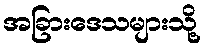
အခြားဒေသများသို့